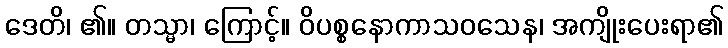
ဒေတိ၊ ၏။ တသ္မာ၊ ကြောင့်။ ဝိပစ္စနောကာသဝသေန၊ အကျိုးပေးရာ၏